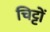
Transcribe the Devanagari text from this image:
चिट्टों